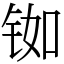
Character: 铷